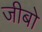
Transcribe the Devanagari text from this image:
जीबो